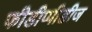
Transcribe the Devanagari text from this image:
फीडीप्पीडीज